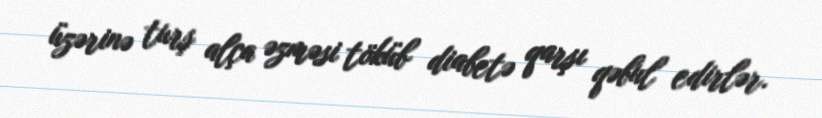
üzərinə turş alça əzməsi töküb diabetə qarşı qəbul edirlər.